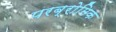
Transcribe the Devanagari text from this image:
परब्रोमिक